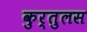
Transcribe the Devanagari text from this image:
कुर्तुलस